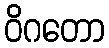
ဝိဂတော